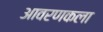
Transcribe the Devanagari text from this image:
आवरणकला